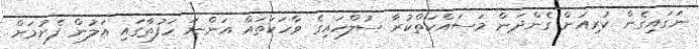
ނަގައިގެން ކުރިއަށް ގެންދަން މަސައްކަތްކުރާ ސުލްހައިގެ ވާހަކަތައް އަންނަ ހަފުތާގައި އަލުން ފެށުމަށް